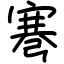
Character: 弿